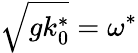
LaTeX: \sqrt{gk_{0}^{*}}=\omega^{*}